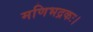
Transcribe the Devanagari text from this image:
मणिभद्रकः।